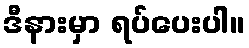
ဒီနားမှာ ရပ်ပေးပါ။